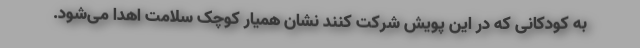
به کودکانی که در این پویش شرکت کنند نشان همیار کوچک سلامت اهدا می‌شود.